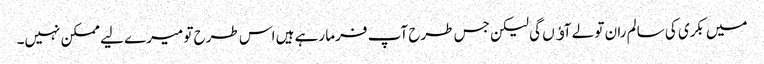
میں بکری کی سالم ران تو لے آﺅں گی لیکن جس طرح آپ فرما رہے ہیں اس طرح تو میرے لیے ممکن نہیں۔